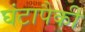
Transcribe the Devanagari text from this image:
घंटापैकी